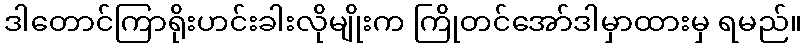
ဒါတောင်ကြာရိုးဟင်းခါးလိုမျိုးက ကြိုတင်အော်ဒါမှာထားမှ ရမည်။